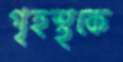
গৃহস্থকে